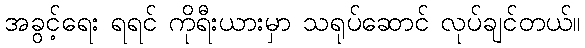
အခွင့်ရေး ရရင် ကိုရီးယားမှာ သရုပ်ဆောင် လုပ်ချင်တယ်။